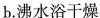
b.沸水浴干燥